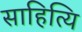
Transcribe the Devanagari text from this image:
साहित्यि